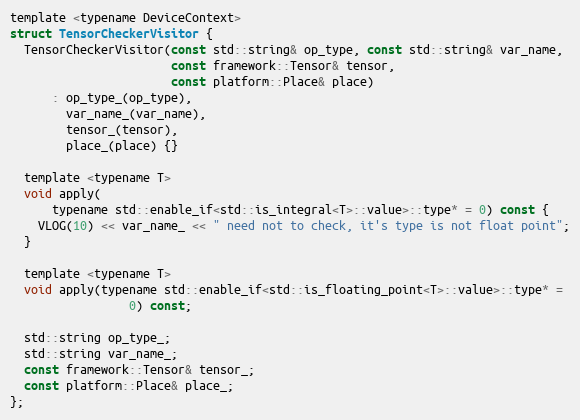
Language: C
template <typename DeviceContext>
struct TensorCheckerVisitor {
  TensorCheckerVisitor(const std::string& op_type, const std::string& var_name,
                       const framework::Tensor& tensor,
                       const platform::Place& place)
      : op_type_(op_type),
        var_name_(var_name),
        tensor_(tensor),
        place_(place) {}

  template <typename T>
  void apply(
      typename std::enable_if<std::is_integral<T>::value>::type* = 0) const {
    VLOG(10) << var_name_ << " need not to check, it's type is not float point";
  }

  template <typename T>
  void apply(typename std::enable_if<std::is_floating_point<T>::value>::type* =
                 0) const;

  std::string op_type_;
  std::string var_name_;
  const framework::Tensor& tensor_;
  const platform::Place& place_;
};